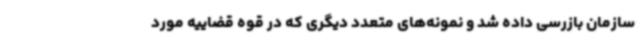
سازمان بازرسی داده شد و نمونه‌های متعدد دیگری که در قوه قضاییه مورد